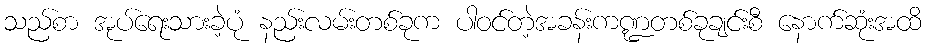
သည်စာ အုပ်ရေးသားခဲ့ပုံ နည်းလမ်းတစ်ခုက ပါဝင်တဲ့အခန်းကဏ္ဍတစ်ခုချင်းစီ နောက်ဆုံးအထိ